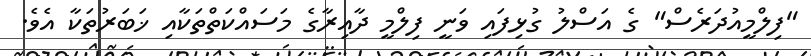
"ފިލްމީއުދަރެސް" ގެ އަސްލު ގުޅިފައި ވަނީ ފިލްމީ ދާއިރާގެ މަސައްކަތްތަކާއި ޚަބަރުތަކާ އެވެ.